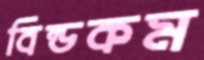
বিল্ডকম